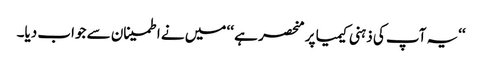
‘‘یہ آپ کی ذہنی کیمیا پر منحصر ہے ‘‘ میں نے اطمینان سے جواب دیا۔